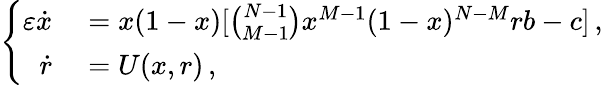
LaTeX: \left\{ \begin{array}{rl}{\varepsilon\dot{x}}&{{}=x(1-x)[\binom{N-1}{M-1}x^{M-1}(1-x)^{N-M}rb-c]\, ,}\\ {\dot{r}}&{{}=U(x,r)\, ,}\end{array}\right.